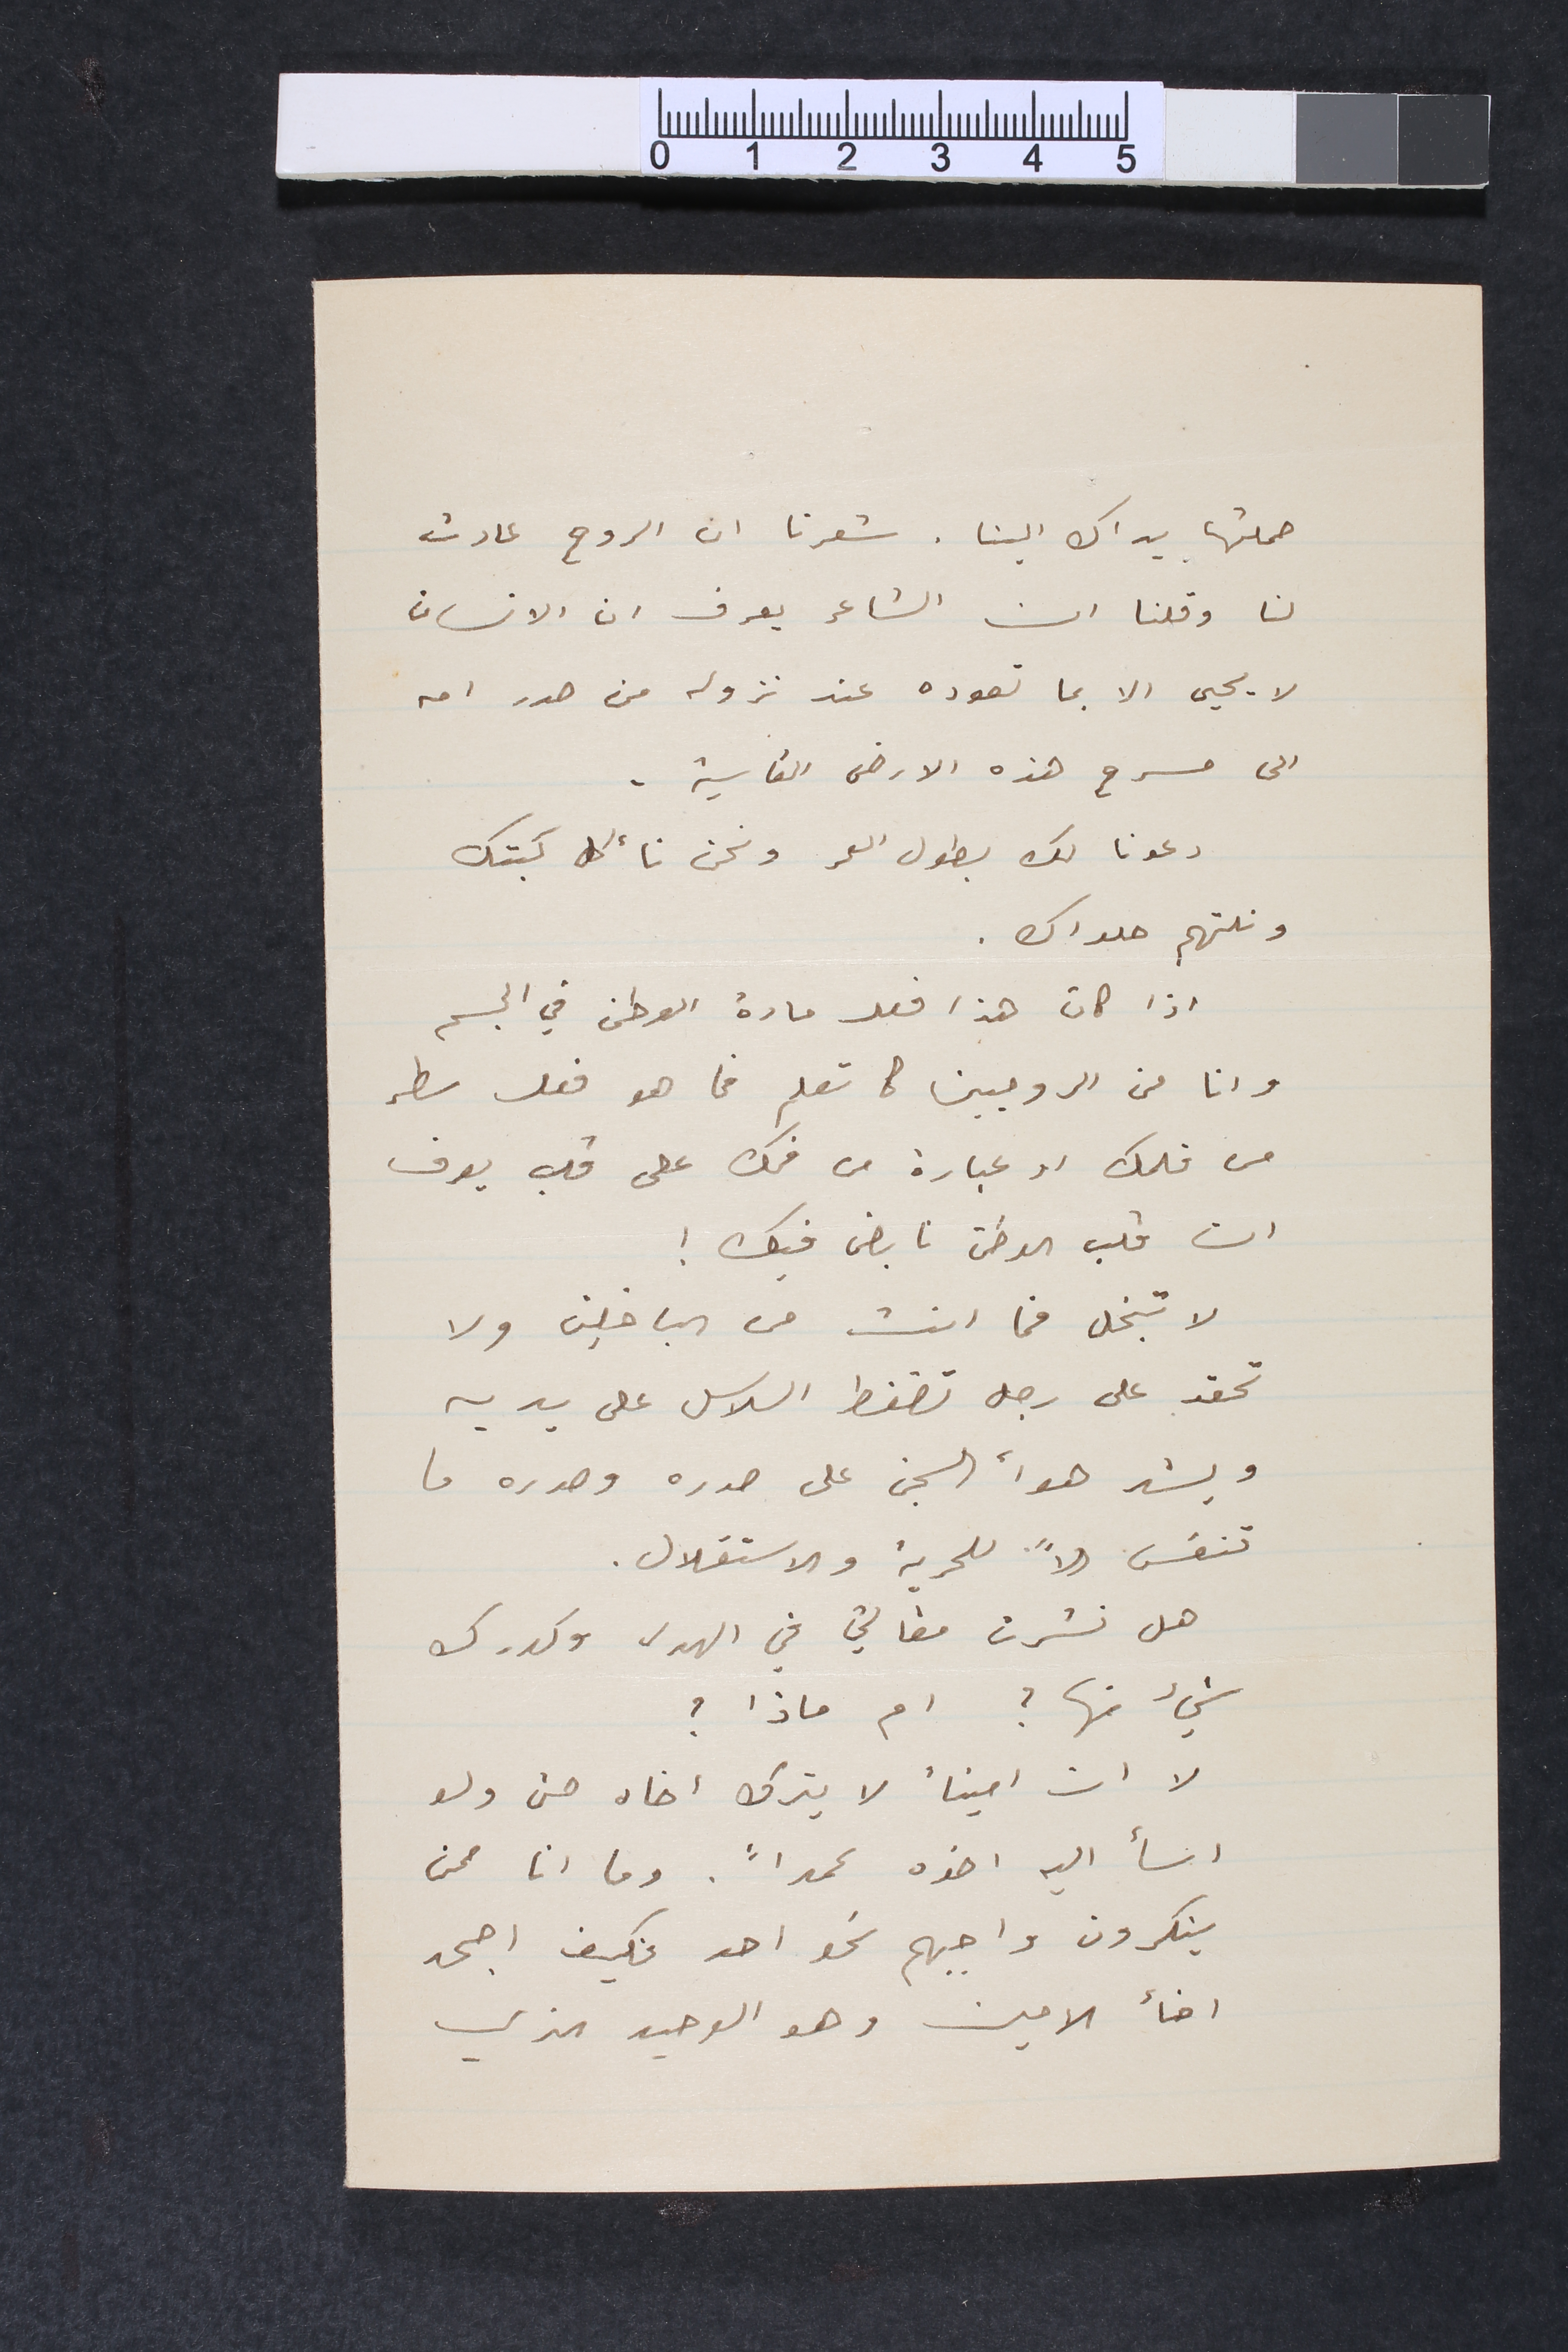
حملتها يداك الينا. شعرنا ان الروح عادت
لنا وقلنا ان الشاعر يعرف ان الانسان
لا يحيى الا بما تعوده عند نزوله من صدر امه
الى مسرح هذه الارض القاسية.
دعونا لك بطول العمر ونح نأكل كبتك
ونلتهم حلواك.
اذا كان هذا فعل فعل مادة الوطن في الجسم

وانا من الروحيين كما تعلم فما هو فعل سطر
من قلمك او عبارة من فمك على قلب يعرف
ان قلب الوطن نابض فيك!
لا تبخل فما انت من الباخلين ولا
تحقد على رجل تضغط السلاسل على يديه
ويشد هوأ السجن على صدره  وصدره ما
تنفس الاً للحرية والاستقلال.
هل نشرت مقالتي في الهدى وكدرك
شيء منها ؟ ام ماذا ؟
لا ان اميناً لا يترك اخاه حتى ولو
اسأ اليه اخوه عمداً. وما انا ممن
ينكرون واجبهم نحو احد فكيف اجحد

اخأ الامين وهو الوحيد الذي